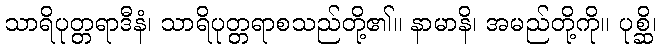
သာရိပုတ္တရာဒီနံ၊ သာရိပုတ္တရာစသည်တို့၏။ နာမာနိ၊ အမည်တို့ကို။ ပုစ္ဆိ၊